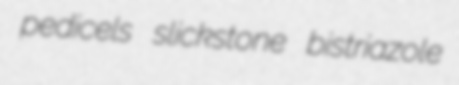
pedicels slickstone bistriazole